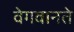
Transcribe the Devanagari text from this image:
वेगवानते